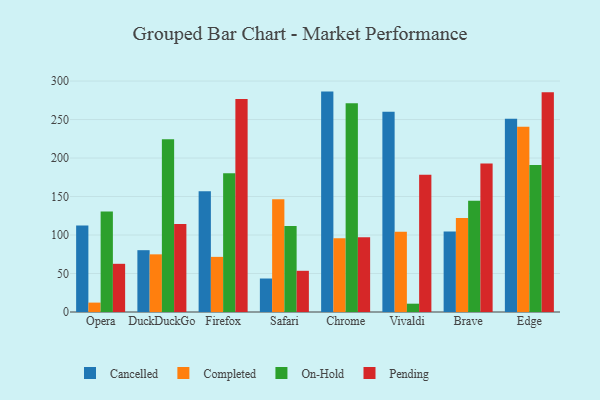
{"axis": {"x": "Browser", "y": "Customer Acquisition Cost (USD)"}, "legend": ["Cancelled", "Completed", "On-Hold", "Pending"], "data": [{"x": "Opera", "y": 112.4, "type": "Cancelled"}, {"x": "Opera", "y": 12.2, "type": "Completed"}, {"x": "Opera", "y": 130.5, "type": "On-Hold"}, {"x": "Opera", "y": 62.6, "type": "Pending"}, {"x": "DuckDuckGo", "y": 80.3, "type": "Cancelled"}, {"x": "DuckDuckGo", "y": 74.9, "type": "Completed"}, {"x": "DuckDuckGo", "y": 224.4, "type": "On-Hold"}, {"x": "DuckDuckGo", "y": 114.4, "type": "Pending"}, {"x": "Firefox", "y": 156.7, "type": "Cancelled"}, {"x": "Firefox", "y": 71.6, "type": "Completed"}, {"x": "Firefox", "y": 180.2, "type": "On-Hold"}, {"x": "Firefox", "y": 276.8, "type": "Pending"}, {"x": "Safari", "y": 43.5, "type": "Cancelled"}, {"x": "Safari", "y": 146.6, "type": "Completed"}, {"x": "Safari", "y": 111.8, "type": "On-Hold"}, {"x": "Safari", "y": 53.5, "type": "Pending"}, {"x": "Chrome", "y": 286.3, "type": "Cancelled"}, {"x": "Chrome", "y": 95.7, "type": "Completed"}, {"x": "Chrome", "y": 271.1, "type": "On-Hold"}, {"x": "Chrome", "y": 97.2, "type": "Pending"}, {"x": "Vivaldi", "y": 260.2, "type": "Cancelled"}, {"x": "Vivaldi", "y": 104.3, "type": "Completed"}, {"x": "Vivaldi", "y": 10.8, "type": "On-Hold"}, {"x": "Vivaldi", "y": 178.4, "type": "Pending"}, {"x": "Brave", "y": 104.5, "type": "Cancelled"}, {"x": "Brave", "y": 122.2, "type": "Completed"}, {"x": "Brave", "y": 144.4, "type": "On-Hold"}, {"x": "Brave", "y": 193.0, "type": "Pending"}, {"x": "Edge", "y": 251.1, "type": "Cancelled"}, {"x": "Edge", "y": 240.6, "type": "Completed"}, {"x": "Edge", "y": 190.8, "type": "On-Hold"}, {"x": "Edge", "y": 285.5, "type": "Pending"}]}